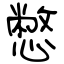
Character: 憋